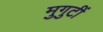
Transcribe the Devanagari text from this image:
मुगुटीं